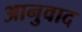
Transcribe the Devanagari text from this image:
आनुवाद